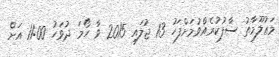
މަޢުލޫމާތު ސާފުކުރެއްވުމަށްފަހު 13 ޖުލައި 2015 ވާ ހޯމަ ދުވަހު 11:00 އަށް